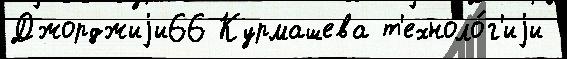
Джорджиjи66 Курмашева т'ехноло́г'иjи